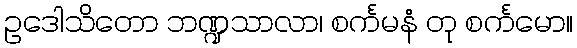
ဥဒေါသိတော ဘဏ္ဍသာလာ၊ စင်္ကမနံ တု စင်္ကမော။